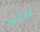
أنني